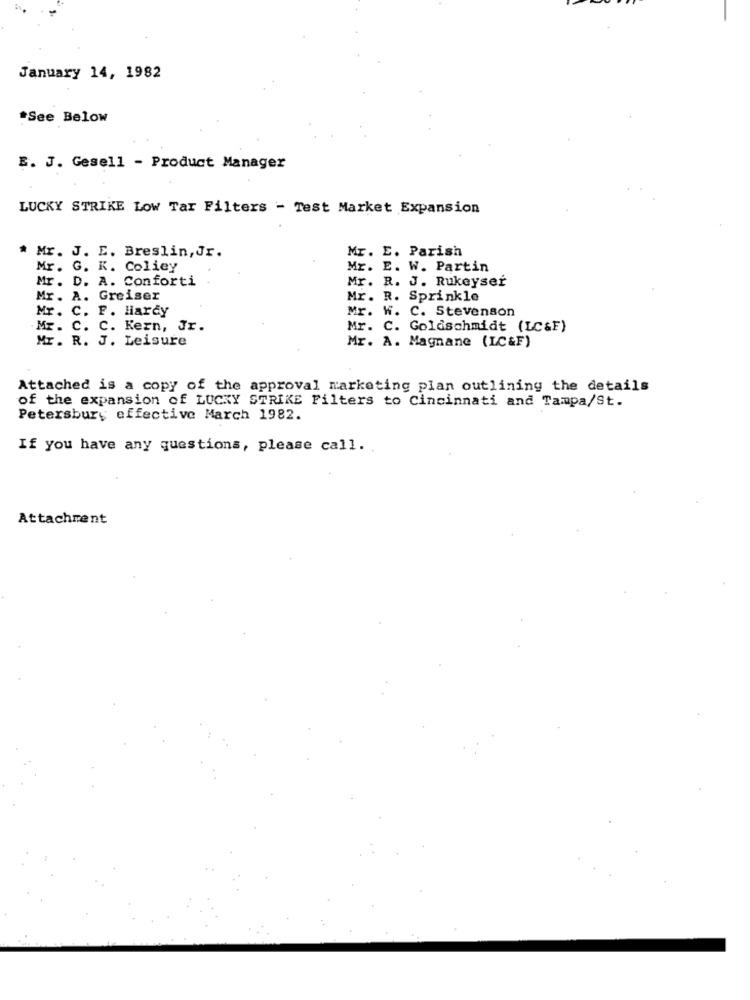
January 14, 1982
*See Below
E. J. Gesell - Product Manager
LUCKY STRIKE LOW Tar Filters - Test Market Expansion
* Mr. J. E. Breslin, Jr.
Mr. E. Parish
Mr. G. K. Coliey
Mr. E. W. Partin
Mr. D. A. Conforti
Mr. R. J. Rukeyser
Mr. A. Greiser
Mr. R. Sprinkle
Mr. C. F. Hardy
Mr. W. C. Stevenson
Mr. C. C. Kern, Jr.
Mr. C. Goldschmidt (LC&F)
Mr. R. J. Leisure
Mr. A. Magnane (LC&F)
Attached is a copy of the approval marketing plan outlining the details
of the expansion of LUCKY STRIKE Filters to Cincinnati and Tampa/St.
Petersbury effective March 1982.
If you have any questions, please call ..
Attachment